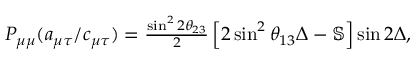
\begin{array} { r } { P _ { \mu \mu } ( \ensuremath { a _ { \mu \tau } } / \ensuremath { c _ { \mu \tau } } ) = \frac { \sin ^ { 2 } 2 \ensuremath { \theta _ { 2 3 } } } { 2 } \left[ 2 \sin ^ { 2 } \ensuremath { \theta _ { 1 3 } } \Delta - \mathbb { S } \right] \sin 2 \Delta , } \end{array}